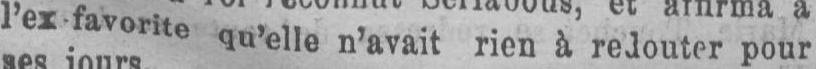
pour